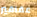
عقاقير